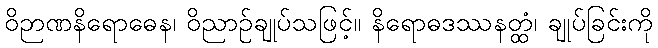
ဝိဉာဏနိရောဓေန၊ ဝိညာဉ်ချုပ်သဖြင့်။ နိရောဓဒဿနတ္ထံ၊ ချုပ်ခြင်းကို